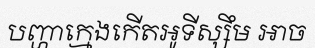
បញ្ហាក្មេងកើតអូទីស្សឹម អាច